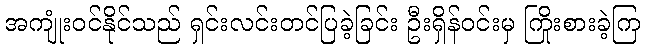
အကျုံးဝင်နိုင်သည် ရှင်းလင်းတင်ပြခဲ့ခြင်း ဦးရှိန်ဝင်းမှ ကြိုးစားခဲ့ကြ